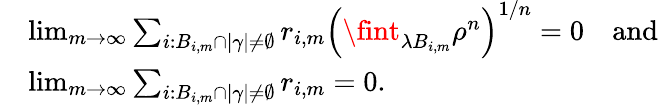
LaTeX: \begin{array}{r}{\begin{array}{rl}&{\operatorname*{lim}_{m\to\infty}\sum_{i:B_{i,m}\cap|\gamma|\neq\emptyset}r_{i,m}\left(\fint_{{\lambda B_{i,m}}}\rho^{n}\right)^{1/n}=0\quad\textrm{and}}\\ &{\operatorname*{lim}_{m\to\infty}\sum_{i:B_{i,m}\cap|\gamma|\neq\emptyset}r_{i,m}=0.}\end{array}}\end{array}